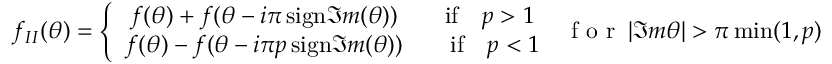
f _ { I I } ( \theta ) = \left\{ \begin{array} { c } { { f ( \theta ) + f ( \theta - i \pi \, \mathrm { s i g n } \Im m ( \theta ) ) \qquad \mathrm { i f } \quad p > 1 } } \\ { { f ( \theta ) - f ( \theta - i \pi p \, \mathrm { s i g n } \Im m ( \theta ) ) \qquad \mathrm { i f } \quad p < 1 } } \end{array} \right. \: \textrm { f o r } \: | \Im m \theta | > \pi \operatorname * { m i n } ( 1 , p )